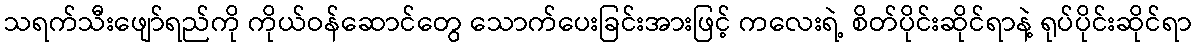
သရက်သီးဖျော်ရည်ကို ကိုယ်ဝန်ဆောင်တွေ သောက်ပေးခြင်းအားဖြင့် ကလေးရဲ့ စိတ်ပိုင်းဆိုင်ရာနဲ့ ရုပ်ပိုင်းဆိုင်ရာ